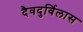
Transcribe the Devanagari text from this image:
दैवदुर्विलास